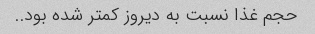
حجم غذا نسبت به دیروز کمتر شده بود..